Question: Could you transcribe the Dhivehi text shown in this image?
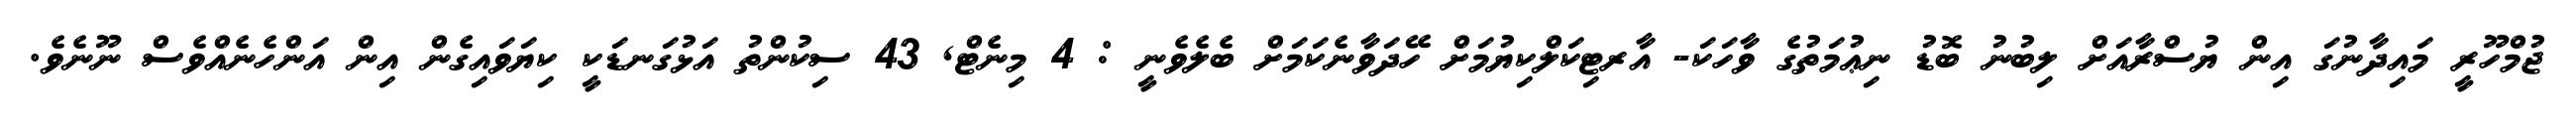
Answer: ޖުމްހޫރީ މައިދާނުގަ އިން ޔުސްރާއަށް ލިބުނު ބޮޑު ނިޢުމަތުގެ ވާހަކަ- އާރޓިކަލްކިޔުމަށް ހޭދަވާނެކަމަށް ބެލެވެނީ : 4 މިނެޓް, 43 ސިކުންތު އަޅުގަނޑަކީ ކިޔަވައިގެން އިން އަންހެނެއްވެސް ނޫނެވެ.